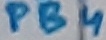
Text: PB4